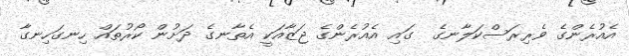
އެއުރެންގެ ވެރިރަސްކަލާނގެ  ގައި އެއުރެންގެ ޖަޒާއަކީ އެތާނގެ ދަށުން ކޯރުތައް ހިނގަހިނގާ